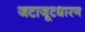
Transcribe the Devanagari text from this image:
जटाजूटधारण